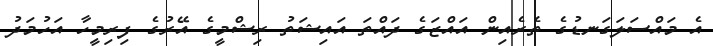
އެ މައްސަލަގަނޑުގެ ތެރެއިން އައްޒަގެ ދައްތަ އައިޝަތު ރިޝްމީގެ އޭރުގެ ފިރިމީހާ އަހުމަދު